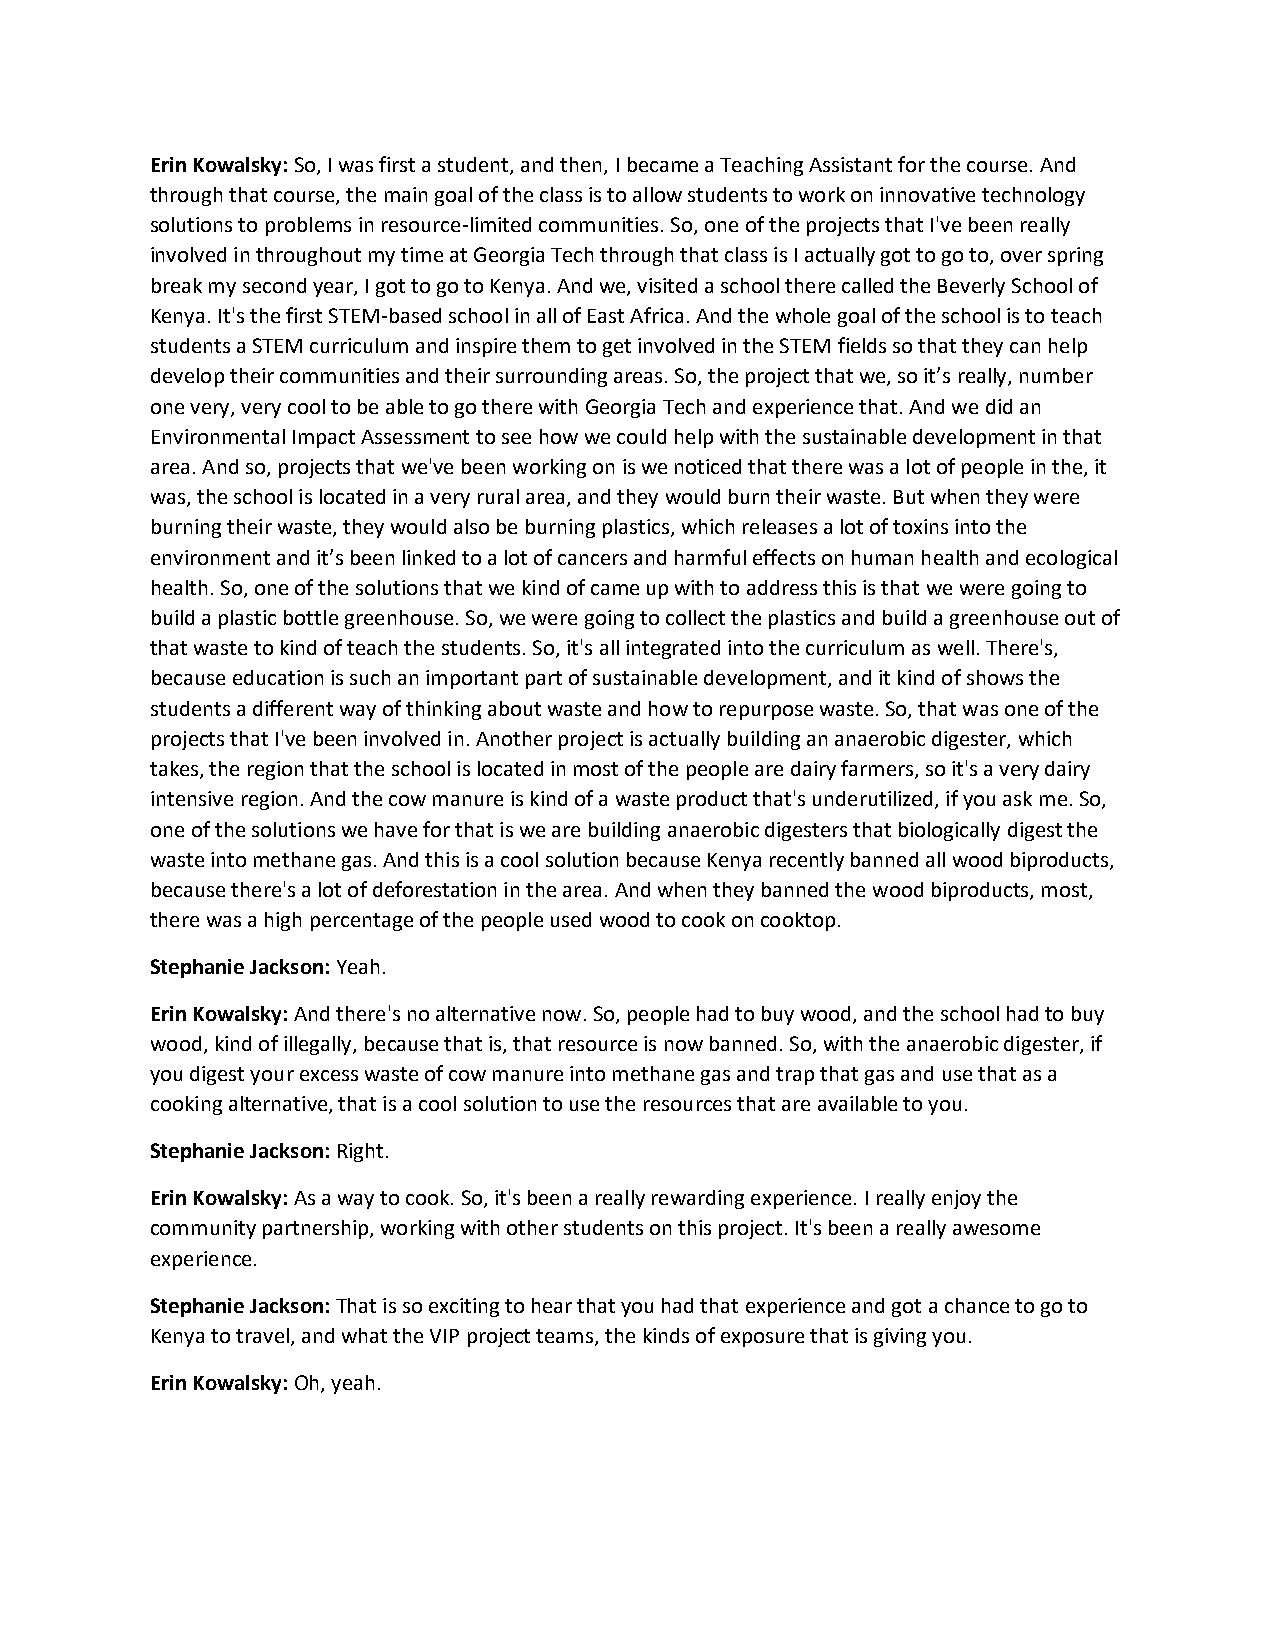
Erin Kowalsky: So, I was first a student, and then, I became a Teaching Assistant for the course. And
 through that course, the main goal of the class is to allow students to work on innovative technology
 solutions to problems in resource-limited communities. So, one of the projects that I've been really
 involved in throughout my time at Georgia Tech through that class is I actually got to go to, over spring
 break my second year, I got to go to Kenya. And we, visited a school there called the Beverly School of
 Kenya. It's the first STEM-based school in all of East Africa. And the whole goal of the school is to teach
 students a STEM curriculum and inspire them to get involved in the STEM fields so that they can help
 develop their communities and their surrounding areas. So, the project that we, so it’s really, number
 one very, very cool to be able to go there with Georgia Tech and experience that. And we did an
 Environmental Impact Assessment to see how we could help with the sustainable development in that
 area. And so, projects that we've been working on is we noticed that there was a lot of people in the, it
 was, the school is located in a very rural area, and they would burn their waste. But when they were
 burning their waste, they would also be burning plastics, which releases a lot of toxins into the
 environment and it’s been linked to a lot of cancers and harmful effects on human health and ecological
 health. So, one of the solutions that we kind of came up with to address this is that we were going to
 build a plastic bottle greenhouse. So, we were going to collect the plastics and build a greenhouse out of
 that waste to kind of teach the students. So, it's all integrated into the curriculum as well. There's,
 because education is such an important part of sustainable development, and it kind of shows the
 students a different way of thinking about waste and how to repurpose waste. So, that was one of the
 projects that I've been involved in. Another project is actually building an anaerobic digester, which
 takes, the region that the school is located in most of the people are dairy farmers, so it's a very dairy
 intensive region. And the cow manure is kind of a waste product that's underutilized, if you ask me. So,
 one of the solutions we have for that is we are building anaerobic digesters that biologically digest the
 waste into methane gas. And this is a cool solution because Kenya recently banned all wood biproducts,
 because there's a lot of deforestation in the area. And when they banned the wood biproducts, most,
 there was a high percentage of the people used wood to cook on cooktop.
 Stephanie Jackson: Yeah.
 Erin Kowalsky: And there's no alternative now. So, people had to buy wood, and the school had to buy
 wood, kind of illegally, because that is, that resource is now banned. So, with the anaerobic digester, if
 you digest your excess waste of cow manure into methane gas and trap that gas and use that as a
 cooking alternative, that is a cool solution to use the resources that are available to you.
 Stephanie Jackson: Right.
 Erin Kowalsky: As a way to cook. So, it's been a really rewarding experience. I really enjoy the
 community partnership, working with other students on this project. It's been a really awesome
 experience.
 Stephanie Jackson: That is so exciting to hear that you had that experience and got a chance to go to
 Kenya to travel, and what the VIP project teams, the kinds of exposure that is giving you.
 Erin Kowalsky: Oh, yeah.